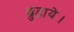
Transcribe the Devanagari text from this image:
छुड़ाये।